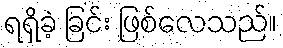
ရရှိခဲ့ ခြင်း ဖြစ်လေသည်။